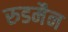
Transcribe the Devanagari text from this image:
रुडमैन